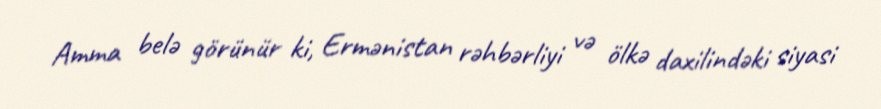
Amma belə görünür ki, Ermənistan rəhbərliyi və ölkə daxilindəki siyasi